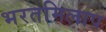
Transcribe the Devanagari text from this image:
भरतमिलाप